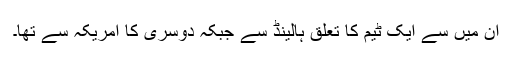
ان میں سے ایک ٹیم کا تعلق ہالینڈ سے جبکہ دوسری کا امریکہ سے تھا۔